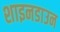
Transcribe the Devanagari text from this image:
शाइनडाउन